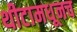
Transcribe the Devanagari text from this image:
थीटामधूनच